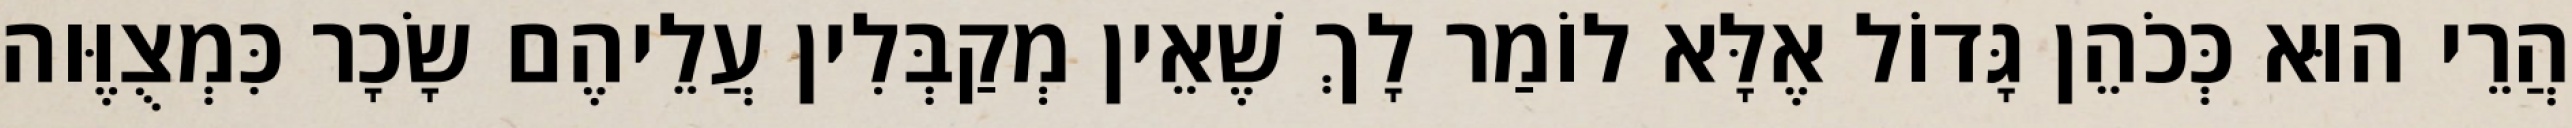
הֲרֵי הוּא כְּכֹהֵן גָּדוֹל אֶלָּא לוֹמַר לָךְ שֶׁאֵין מְקַבְּלִין עֲלֵיהֶם שָׂכָר כִּמְצֻוֶּוה